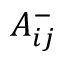
A _ { i j } ^ { - }